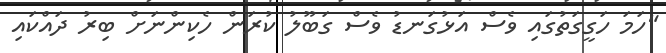
"ހަމަ ހަގީގަތުގައި ވެސް އަޅުގަނޑު ވެސް ގަބޫލު ކުރަން ހެކިންނަށް ބިރު ދައްކައި